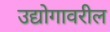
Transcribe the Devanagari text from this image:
उद्योगावरील